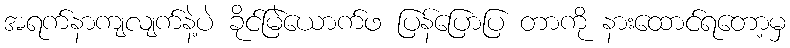
အရက်နာကျလျက်နဲ့ပဲ ခိုင်မြဲယောက်ဖ ပြန်ပြောပြ တာကို နားထောင်ရတော့မှ